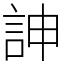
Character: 訷